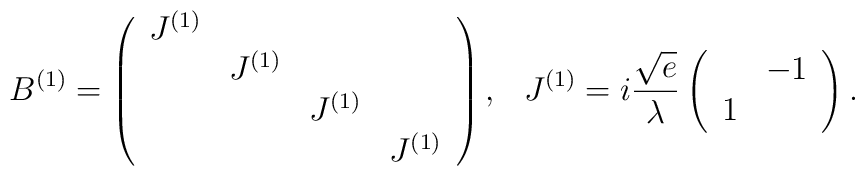
B^{(1)}=\left( \begin{array}{cccc} J^{(1)} &   &   & \\   & J^{(1)} &   & \\   &   & J^{(1)} & \\   &   &   & J^{(1)}  \end{array}\right) ,\makebox[3mm]{}J^{(1)}=i\frac{\sqrt{e}}{\lambda}\left( \begin{array}{cc}   & -1 \\ 1 &  \end{array}\right) .